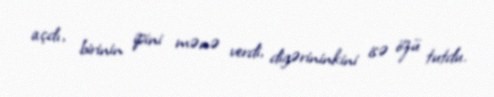
açdı, birinin ipini mənə verdi, digərininkini isə özü tutdu.